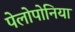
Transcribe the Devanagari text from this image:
पेलोपोनिया